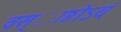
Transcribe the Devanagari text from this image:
वस्ाष्ठोऽयं